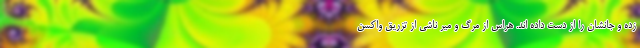
زده و جانشان را از دست داده اند. هراس از مرگ و میر ناشی از تزریق واکسن